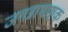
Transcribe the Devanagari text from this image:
जगन्नाथाष्टक